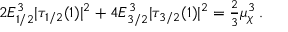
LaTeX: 2 E _ { 1 / 2 } ^ { 3 } | \tau _ { 1 / 2 } ( 1 ) | ^ { 2 } + 4 E _ { 3 / 2 } ^ { 3 } | \tau _ { 3 / 2 } ( 1 ) | ^ { 2 } = \textstyle { \frac { 2 } { 3 } } \mu _ { \chi } ^ { 3 } \, .